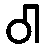
ဝါ